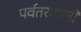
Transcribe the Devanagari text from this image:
पर्वतरांगानी